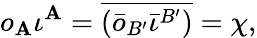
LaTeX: o_{\mathbf{A}}\iota^{\mathbf{A}}=\overline{{{{(\bar{{o}}_{B^{\prime}}\bar{{\iota}}^{B^{\prime}})}}}}=\chi,